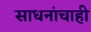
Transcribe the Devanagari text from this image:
साधनांचाही